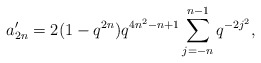
\begin{align*} a'_{2n} = 2(1-q^{2n})q^{4n^2-n+1}\sum_{j=-n}^{n-1}q^{-2j^2}, \end{align*}